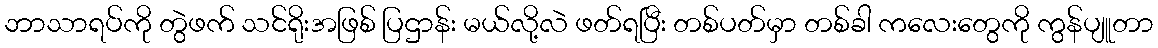
ဘာသာရပ်ကို တွဲဖက် သင်ရိုးအဖြစ် ပြဌာန်း မယ်လို့လဲ ဖတ်ရပြီး တစ်ပတ်မှာ တစ်ခါ ကလေးတွေကို ကွန်ပျူတာ